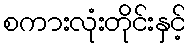
စကားလုံးတိုင်းနှင့်